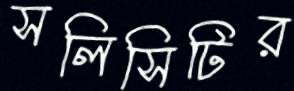
সলিসিটির